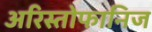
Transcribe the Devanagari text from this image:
अरिस्तोफानिज